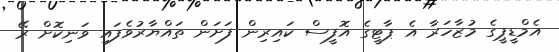
އެމްޑީޕީގެ މުޒާހަރާ އެ ޕާޓީގެ އޮފީސް ކައިރިން ފަށަން ތައްޔާރުވެފައި ވަނިކޮށް ރޭ